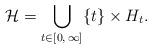
LaTeX: \begin{align*} \mathcal{H} = \bigcup_{t\in [0,\,\infty]}\{t\} \times H_t.\end{align*}